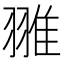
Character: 𦑏